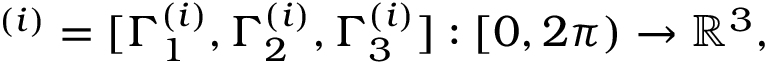
\mathbf \Gamma ^ { ( i ) } = [ \Gamma _ { 1 } ^ { ( i ) } , \Gamma _ { 2 } ^ { ( i ) } , \Gamma _ { 3 } ^ { ( i ) } ] : [ 0 , 2 \pi ) \rightarrow \mathbb { R } ^ { 3 } ,